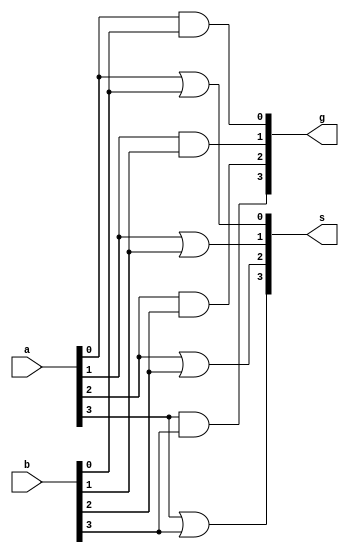
// -------------------------
// Exemplo0031
// Nome: fabio fiuza pereira
// -------------------------
// -------------------------
// f4_gate
// -------------------------
module f4 (output [3:0] s, output [3:0] g,
input [3:0] a,input [3:0] b);

   or or1(s[0], a[0], b[0]);
	or or2(s[1], a[1], b[1]);
	or or3(s[2], a[2], b[2]);
	or or4(s[3], a[3], b[3]);
	
	and and1(g[0], a[0], b[0]);
	and and2(g[1], a[1], b[1]);
	and and3(g[2], a[2], b[2]);
	and and4(g[3], a[3], b[3]);

endmodule // f4
module test_f4;


// ------------------------- definir dados


reg [3:0] x;
reg [3:0] y;
wire [3:0] z;
wire [3:0] w;
f4 modulo (z, w, x, y);


// ------------------------- parte principal


initial begin
$display("Exemplo0031 - 441714");
$display("Test LU");

x = 4'b0011; y = 4'b0101;

$monitor("\n %3b | %3b = %3b \n %3b & %3b = %3b",x,y,z,x,y,w );

#1x = 4'b0011; y = 4'b0101;
#1x = 4'b1111; y = 4'b0000;
#1x = 4'b0000; y = 4'b1111;
end
endmodule // test_f4